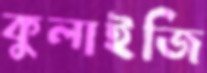
কুলাইজি